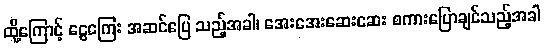
ထို့ကြောင့် ငွေကြေး အဆင်ပြေ သည့်အခါ၊ အေးအေးဆေးဆေး စကားပြောချင်သည့်အခါ